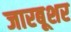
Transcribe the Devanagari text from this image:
जारबूशर